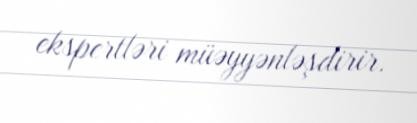
ekspertləri müəyyənləşdirir.